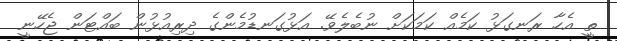
ތީ އެހާ ރަނގަޅު ކަމެއް ކަމަކަށް ނުބެލެވޭ. އަޅުގަނޑުމެންގެ ދިރިއުޅުން ބައްޓަން ޖެހޭނީ